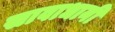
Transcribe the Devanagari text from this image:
सावाधानी